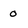
Character: 0